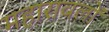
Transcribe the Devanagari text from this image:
महारावलों